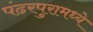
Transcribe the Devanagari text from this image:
पंढरपुरामध्ये